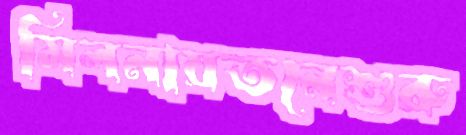
মিলনায়তনেশুরু